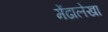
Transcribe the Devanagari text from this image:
मेंढालेखा